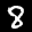
Label: 8